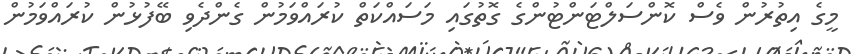
މީގެ އިތުރުން ވެސް ކޮންސަލްޓަންޓުންގެ ގޮތުގައި މަސައްކަތް ކުރައްވަމުން ގެންދެވި ބޭފުޅުން ކުރައްވަމުން